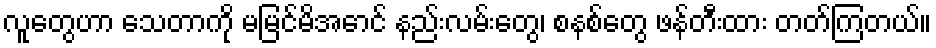
လူတွေဟာ သေတာကို မမြင်မိအောင် နည်းလမ်းတွေ၊ စနစ်တွေ ဖန်တီးထား တတ်ကြတယ်။